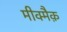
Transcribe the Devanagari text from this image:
मीक्मैक़